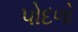
પોદળો